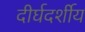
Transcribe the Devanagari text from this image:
दीर्घदर्शीय